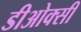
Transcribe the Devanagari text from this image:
डीओक्सी